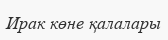
Ирак көне қалалары